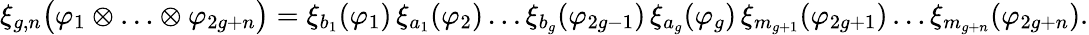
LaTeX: \begin{array}{r}{\xi_{g,n}\bigl(\varphi_{1}\otimes\ldots\otimes\varphi_{2g+n}\bigr)=\xi_{b_{1}}(\varphi_{1})\, \xi_{a_{1}}(\varphi_{2})\ldots\xi_{b_{g}}(\varphi_{2g-1})\, \xi_{a_{g}}(\varphi_{g})\, \xi_{m_{g+1}}(\varphi_{2g+1})\ldots\xi_{m_{g+n}}(\varphi_{2g+n}).}\end{array}